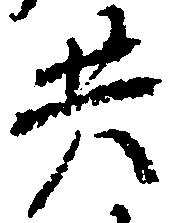
共